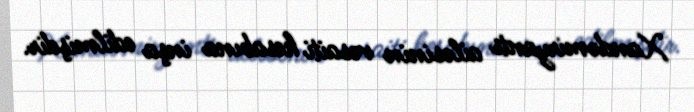
Xandəmiryants ailəsinin vəsaiti hesabına inşa edilmişdir.